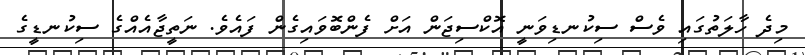
މިދެ ހާލަތުގައި ވެސް ސިކުނޑިވަނީ އޮކްސިޖަން އަށް ފެންބޮވައިގެން ފައެވެ. ނަތީޖާއެއްގެ ސިކުނޑީގެ